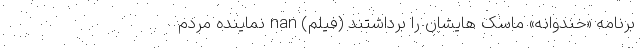
برنامه «خندوانه» ماسک هایشان را برداشتند (فیلم) nan نماینده مردم